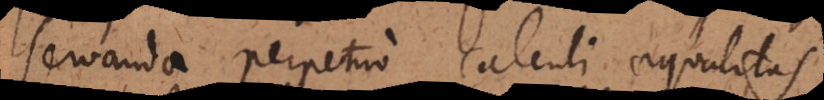
servanda perpetuo calculi aequalitas